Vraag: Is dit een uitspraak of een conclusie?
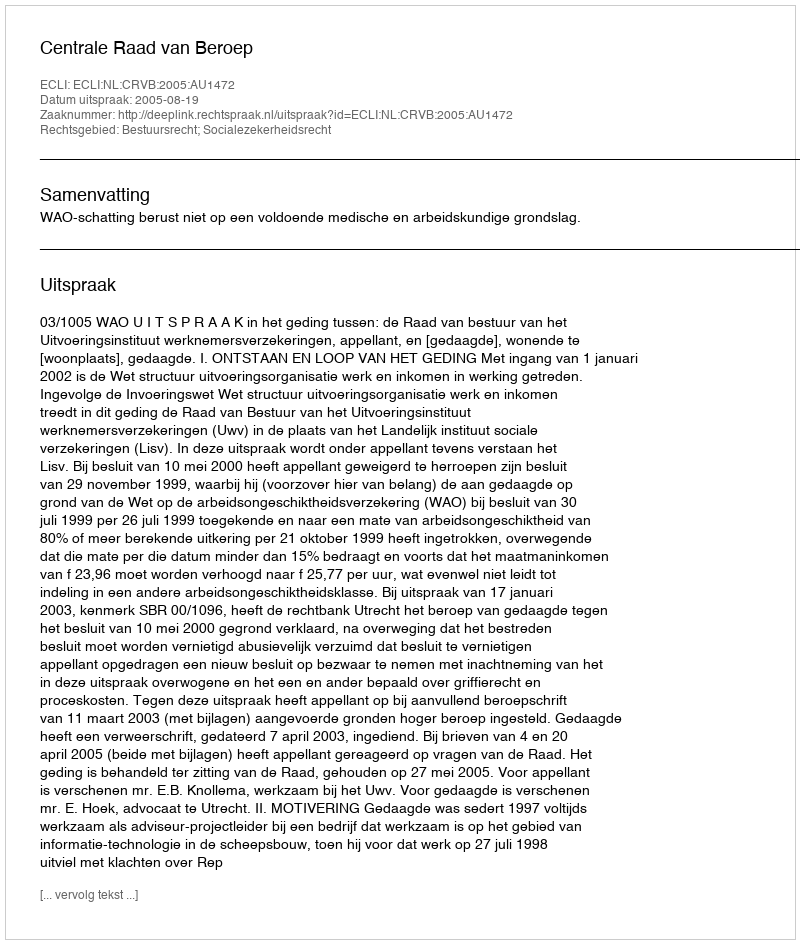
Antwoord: Uitspraak